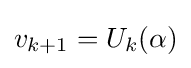
v_{k+1}=U_{k}(\alpha )\,\!